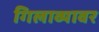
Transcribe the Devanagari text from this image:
गिलाव्यावर